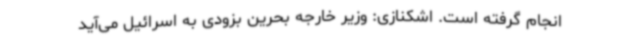
انجام گرفته است. اشکنازی: وزیر خارجه بحرین بزودی به اسرائیل می‌آید